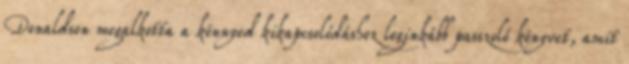
Donaldson megalkotta a könnyed kikapcsolódáshoz leginkább passzoló könyvet, amit